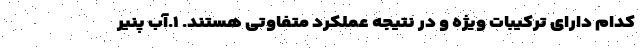
کدام دارای ترکیبات ویژه و در نتیجه عملکرد متفاوتی هستند. ۱.آب پنیر